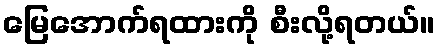
မြေအောက်ရထားကို စီးလို့ရတယ်။